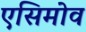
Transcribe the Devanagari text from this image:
एसिमोव